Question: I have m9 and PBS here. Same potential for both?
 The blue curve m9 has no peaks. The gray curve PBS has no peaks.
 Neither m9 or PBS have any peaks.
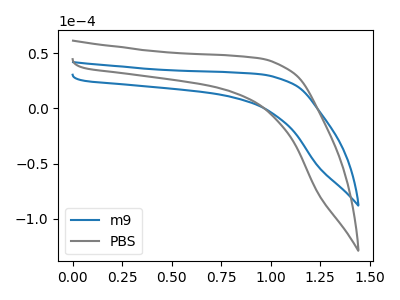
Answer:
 <answer>"m9" and "PBS" are similar in shape.</answer>
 <eval>same_shape</eval>